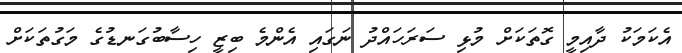
އެކަމަކު ދާއިމީ ގޮތަކަށް މުޅި ސަރަހައްދު ނަގައި އެންމެ ބިޒީ ހިސާބުގަނޑުގެ މަގުތަކަށް